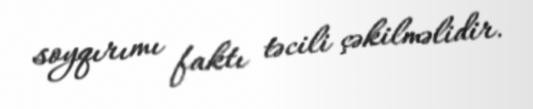
soyqırımı faktı təcili çəkilməlidir.